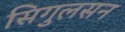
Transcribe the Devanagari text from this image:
सिगुलसन